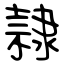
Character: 隷